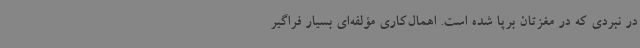
در نبردی که در مغزتان برپا شده است. اهمال‌کاری مؤلفه‌ای بسیار فراگیر